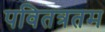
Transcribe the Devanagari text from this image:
पवितत्रतम